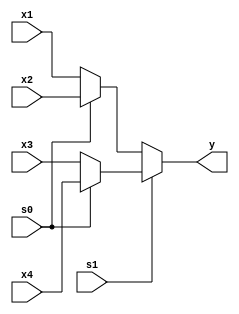
`timescale 1ns / 1ps
//////////////////////////////////////////////////////////////////////////////////
// Company: 
// Engineer: 
// 
// Design Name: 
// Module Name: four_one_mux
// Project Name: 
// Target Devices: 
// Tool Versions: 
// Description: 
// 
// Dependencies: 
// 
// Revision:
// Revision 0.01 - File Created
// Additional Comments:
// 
//////////////////////////////////////////////////////////////////////////////////


module four_one_mux(
    input x1,x2,x3,x4,s0,s1,
    output y
    );
    assign y = s1 ? (s0 ? x4 : x3) : (s0 ? x2 : x1);
endmodule